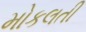
મોકલતી